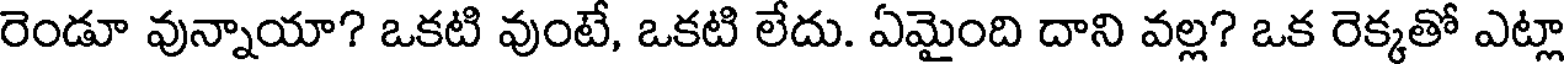
రెండూ వున్నాయా? ఒకటి వుంటే, ఒకటి లేదు. ఏమైంది దాని వల్ల? ఒక రెక్కతో ఎట్లా